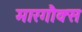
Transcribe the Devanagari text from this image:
मारगौक्स